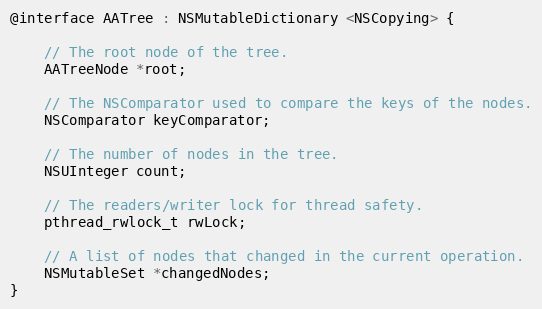
Language: C
@interface AATree : NSMutableDictionary <NSCopying> {

	// The root node of the tree.
	AATreeNode *root;

	// The NSComparator used to compare the keys of the nodes.
	NSComparator keyComparator;

	// The number of nodes in the tree.
	NSUInteger count;

	// The readers/writer lock for thread safety.
	pthread_rwlock_t rwLock;

    // A list of nodes that changed in the current operation.
    NSMutableSet *changedNodes;
}